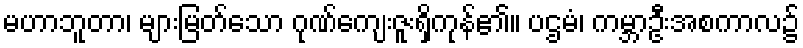
မဟာဘူတာ၊ များမြတ်သော ဂုဏ်ကျေးဇူးရှိကုန်၏။ ပဌမံ၊ ကမ္ဘာဦးအစကာလ၌